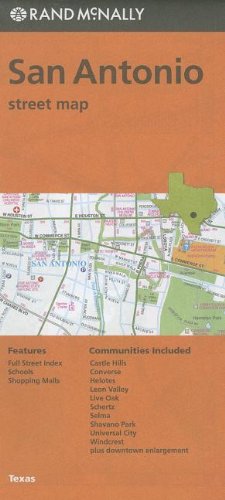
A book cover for Rand McNally Folded Map: San Antonio Street Map; Rand McNally; Travel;